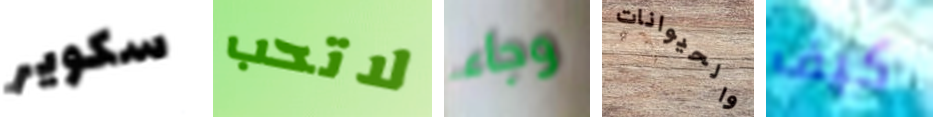
سكوير لاتحب وجاء والحيوانات كيف